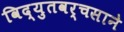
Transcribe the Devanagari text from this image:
विद्युतवर्चसाने